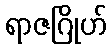
ရာဇဂြိုဟ်